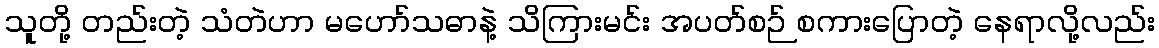
သူတို့ တည်းတဲ့ သံတဲဟာ မဟော်သဓာနဲ့ သိကြားမင်း အပတ်စဉ် စကားပြောတဲ့ နေရာလို့လည်း